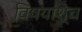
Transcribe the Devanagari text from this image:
विषयांश्च